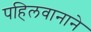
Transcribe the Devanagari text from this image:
पहिलवानाने